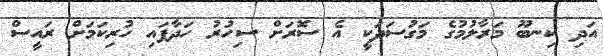
އަދި ކިނބޫ މަރާލުމުގެ މަގުސަދަކީ އެ ސޮރަށް ސިހުރު ހަދާފައި ހުރިކަމަށް ރައީސް